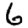
Digit: 6